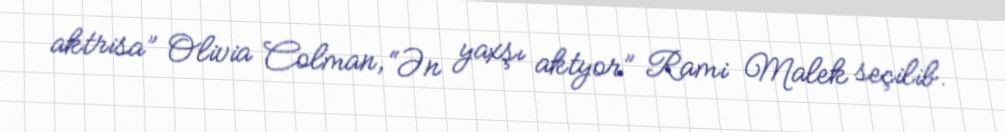
aktrisa” Olivia Colman, “Ən yaxşı aktyor” Rami Malek seçilib.